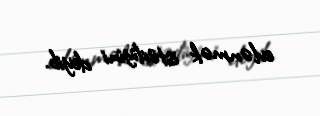
evlənmək istədiyini deyib.